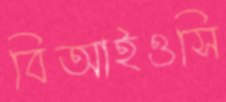
বিআইওসি